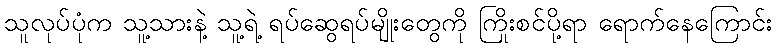
သူလုပ်ပုံက သူ့သားနဲ့ သူ့ရဲ့ ရပ်ဆွေရပ်မျိုးတွေကို ကြိုးစင်ပို့ရာ ရောက်နေကြောင်း